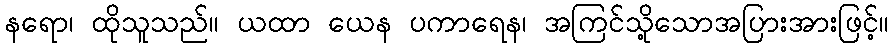
နရော၊ ထိုသူသည်။ ယထာ ယေန ပကာရေန၊ အကြင်သို့သောအပြားအားဖြင့်။